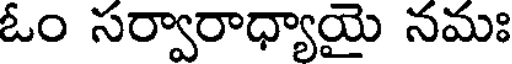
ఓం సర్వారాధ్యాయై నమః